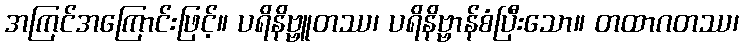
အကြင်အကြောင်းဖြင့်။ ပရိနိဗ္ဗူတဿ၊ ပရိနိဗ္ဗာန်စံပြီးသော။ တထာဂတဿ၊